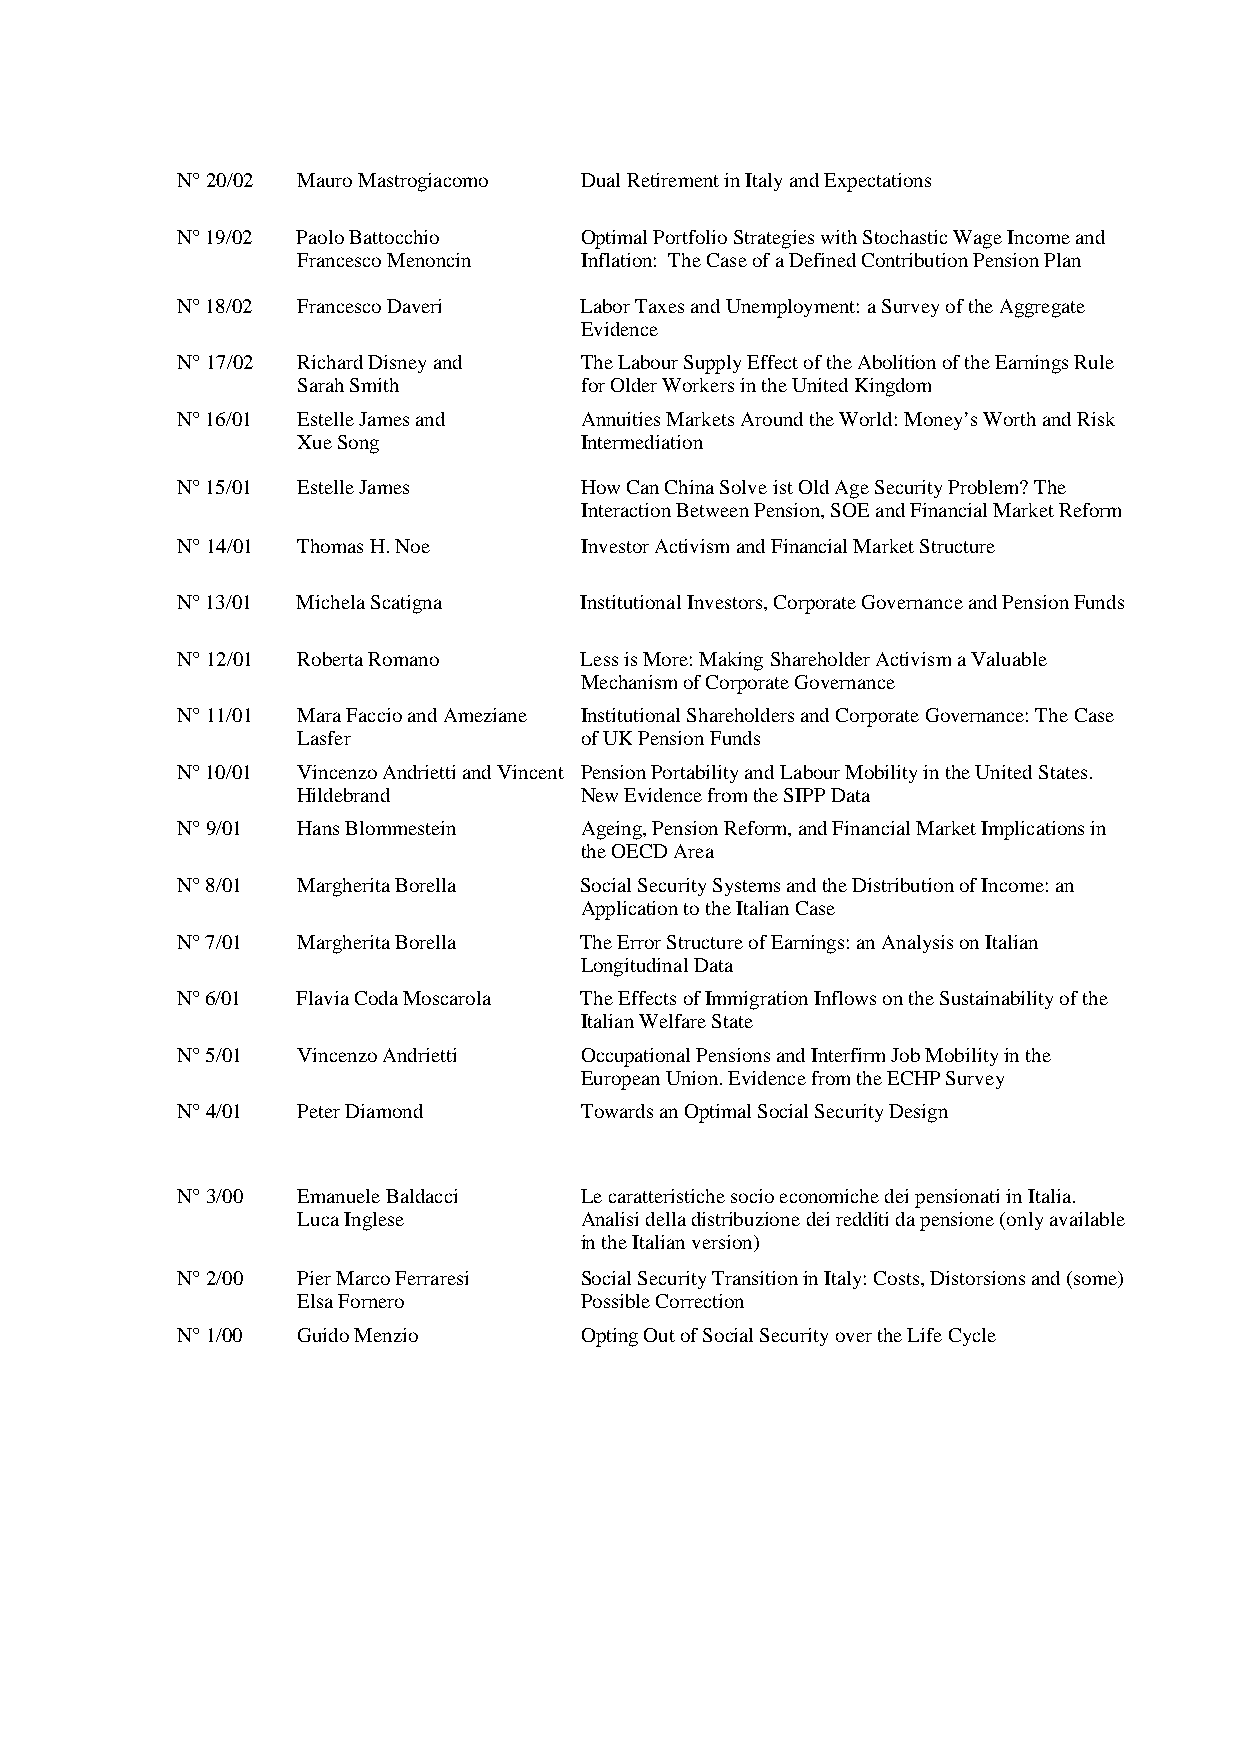
N° 20/02 Mauro Mastrogiacomo Dual Retirement in Italy and Expectations
 N° 19/02 Paolo Battocchio Optimal Portfolio Strategies with Stochastic Wage Income and
 Francesco Menoncin Inflation: The Case of a Defined Contribution Pension Plan
 N° 18/02 Francesco Daveri Labor Taxes and Unemployment: a Survey of the Aggregate
 Evidence
 N° 17/02 Richard Disney and The Labour Supply Effect of the Abolition of the Earnings Rule
 Sarah Smith       for Older Workers in the United Kingdom
 N° 16/01 Estelle James and Annuities Markets Around the World: Money’s Worth and Risk
 Xue Song          Intermediation
 N° 15/01 Estelle James    How Can China Solve ist Old Age Security Problem? The
 Interaction Between Pension, SOE and Financial Market Reform
 N° 14/01 Thomas H. Noe    Investor Activism and Financial Market Structure
 N° 13/01 Michela Scatigna Institutional Investors, Corporate Governance and Pension Funds
 N° 12/01 Roberta Romano   Less is More: Making Shareholder Activism a Valuable
 Mechanism of Corporate Governance
 N° 11/01 Mara Faccio and Ameziane Institutional Shareholders and Corporate Governance: The Case
 Lasfer            of UK Pension Funds
 N° 10/01 Vincenzo Andrietti and Vincent Pension Portability and Labour Mobility in the United States.
 Hildebrand        New Evidence from the SIPP Data
 N° 9/01 Hans Blommestein  Ageing, Pension Reform, and Financial Market Implications in
 the OECD Area
 N° 8/01 Margherita Borella Social Security Systems and the Distribution of Income: an
 Application to the Italian Case
 N° 7/01 Margherita Borella The Error Structure of Earnings: an Analysis on Italian
 Longitudinal Data
 N° 6/01 Flavia Coda Moscarola The Effects of Immigration Inflows on the Sustainability of the
 Italian Welfare State
 N° 5/01 Vincenzo Andrietti Occupational Pensions and Interfirm Job Mobility in the
 European Union. Evidence from the ECHP Survey
 N° 4/01 Peter Diamond     Towards an Optimal Social Security Design
 N° 3/00 Emanuele Baldacci Le caratteristiche socio economiche dei pensionati in Italia.
 Luca Inglese      Analisi della distribuzione dei redditi da pensione (only available
 in the Italian version)
 N° 2/00 Pier Marco Ferraresi Social Security Transition in Italy: Costs, Distorsions and (some)
 Elsa Fornero      Possible Correction
 N° 1/00 Guido Menzio      Opting Out of Social Security over the Life Cycle